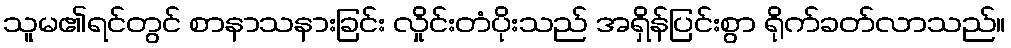
သူမ၏ရင်တွင် စာနာသနားခြင်း လှိုင်းတံပိုးသည် အရှိန်ပြင်းစွာ ရိုက်ခတ်လာသည်။